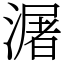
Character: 潳